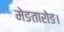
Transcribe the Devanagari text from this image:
मेङतारोङ।